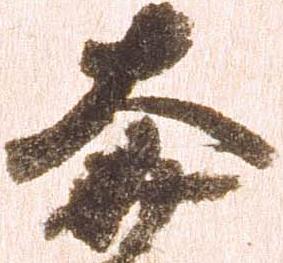
奔